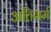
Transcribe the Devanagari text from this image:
अतिगर्म